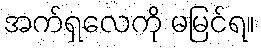
အက်ရှလေကို မမြင်ရ။